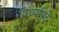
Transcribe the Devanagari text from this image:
विध्यपिठे